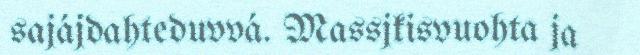
sajájdahteduvvá. Massjkisvuohta ja